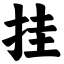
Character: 挂